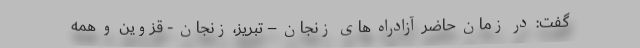
گفت: در زمان حاضر آزادراه های زنجان – تبریز، زنجان - قزوین و همه